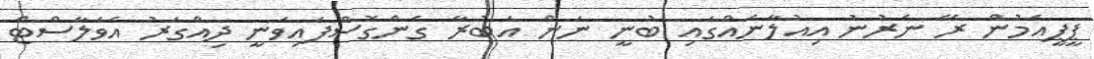
ޕީޕީއެމުން ރޭ ނެރުނު އިއުލާނެއްގައި ބުނީ ނަން އަބުރާ ގެންގޮސްފައިވަނީ ދިއްގަރު އެވަލާސްޓް